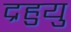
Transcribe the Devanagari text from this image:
द्रहुयु